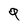
Character: 9